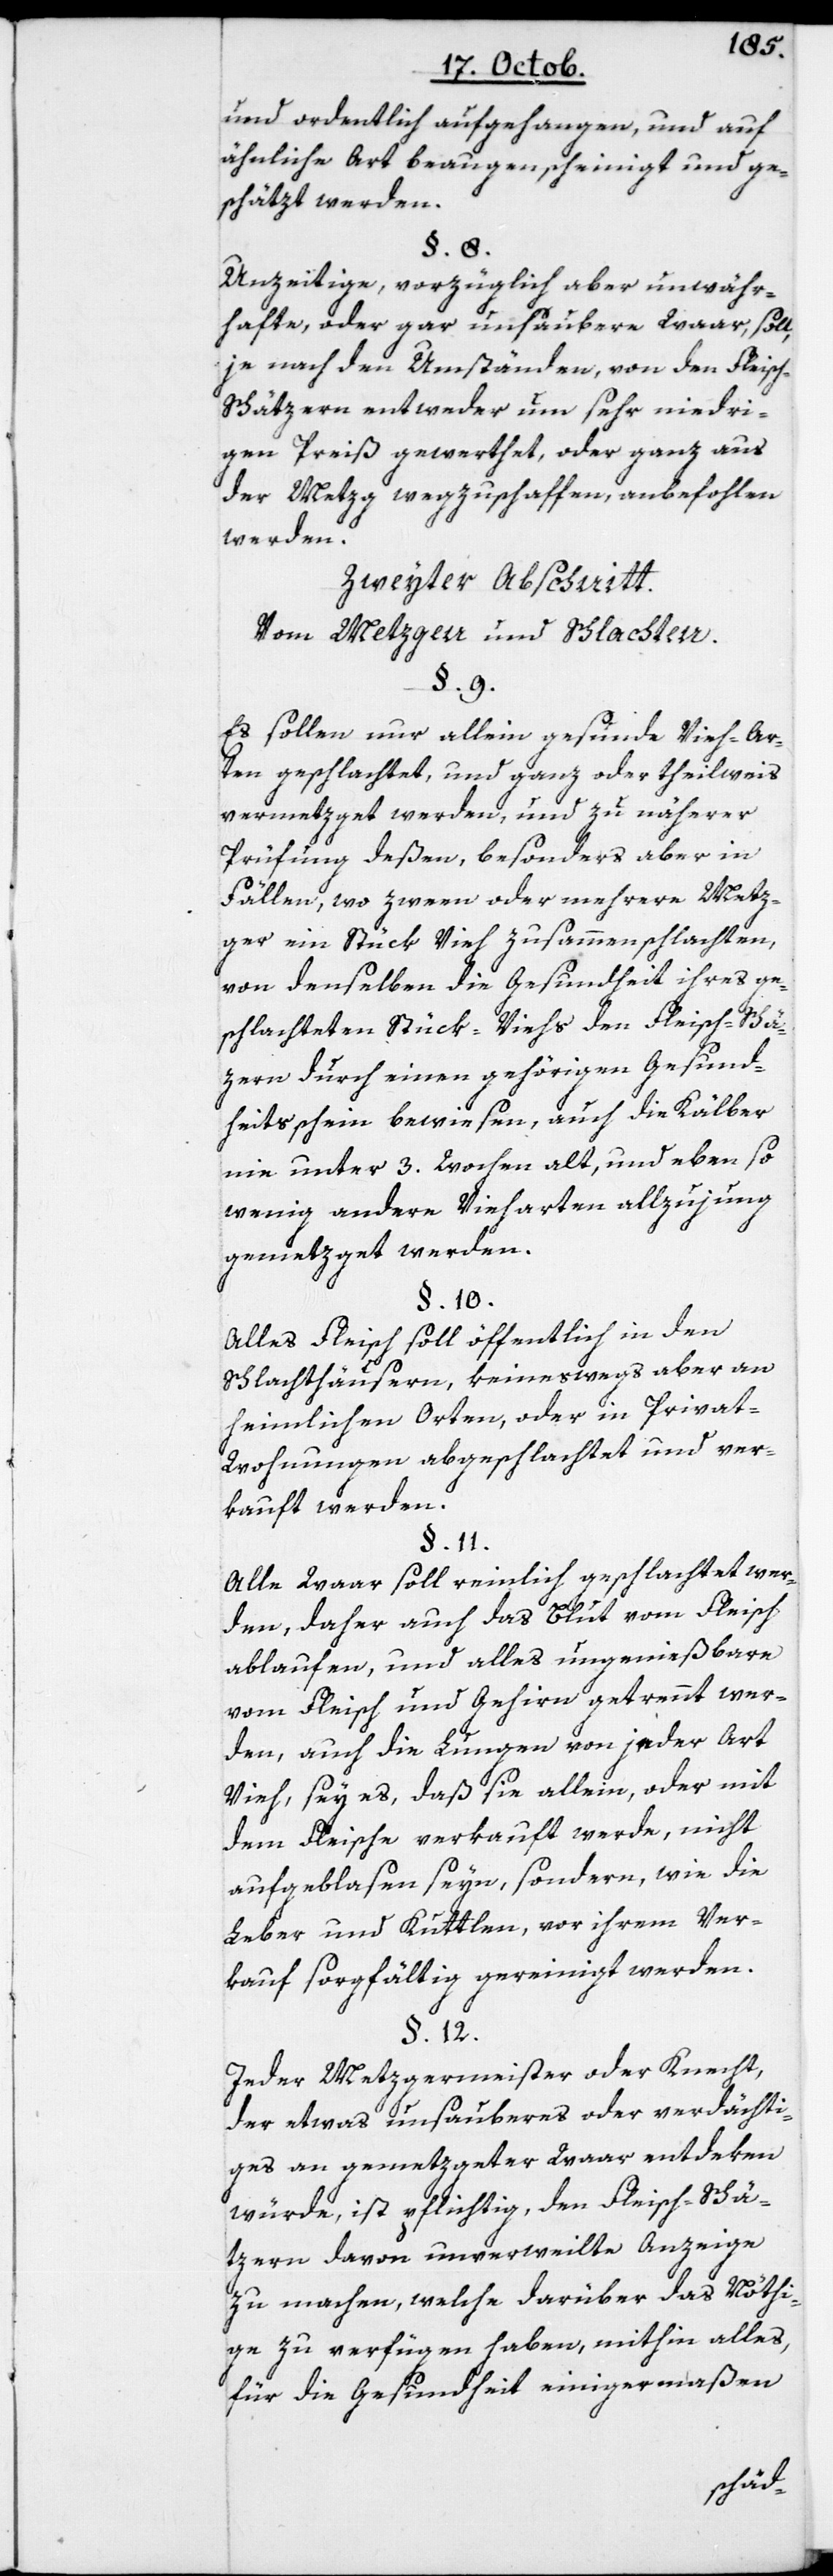
und ordentlich aufgehangen, und auf
ähnliche Art beaugenscheinigt und ge¬
schätzt werden.
§. 8.
Unzeitige, vorzüglich aber unwähr¬
schafte oder gar unsaubere Ware, soll
je nach den Umständen, von den Flei¬
ätzern entweder um sehr niedri¬
gen Preiß gewerthet, oder ganz aus
der Metzg wegzuschaffen anbefohlen
werden.
Zweyter Abschnitt.
Vom Metzgen und Schlachten.
§. 9.
Es sollen nur allein gesunde Vieh-Ar¬
ten geschlachtet, und ganz oder theilweis
vermetzget werden, und zu näherer
Prüffung deßen, besonders aber in
Fällen, wo zween oder mehrere Metz¬
ger ein Stück Vieh zusammenschlachten,
von denselben die Gesundheit ihres ge¬
schlachteten Stück-Viehs den Fleisch-Schät¬
zern durch einen gehörigen Gesund¬
heitsschein bewiesen, auch die Kälber
nie unter 3. Wochen alt, und ebenso
wenig andere Vieharten allzu jung
gemetzget werden.
§. 10.
Alles Fleisch soll öffentlich in den
Schlachthäusern, keineswegs aber an
heimlichen Orten oder in Privat-W¬
ohnungen abgeschlachtet und ver¬
kauft werden.
§. 11.
Alle Waar soll reinlich geschlachtet wer¬
den, daher auch das Blut vom Fleisch
ablaufen, und alles ungenießbare
vom Fleisch und Gehirn getrennt wer¬
den, auch die Lungen von jeder Art
Vieh, sey es, daß sie allein oder mit
dem Fleische verkauft werde, nicht
aufgeblasen seyn, sondern wie die
Leber und Kuttlen, vor ihrem Ver¬
kauf sorgfältig gereinigt werden.
§. 12.
Jeder Metzgermeister oder Knecht,
der etwas unsauberes oder verdächti¬
ges an gemetzgeter Waar entdeken
würde, ist pflichtig, den Fleisch-Schä¬
tzern davon unverweilte Anzeige
zu machen, welche darüber das Nöthi¬
ge zu verfügen haben, mithin alles,
für die Gesundheit einigermaßen
sch-Sch¬